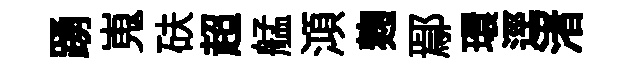
踴嵬砆超艋澒麹鄢環逕渚